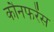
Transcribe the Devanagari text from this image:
कौनफरेंस